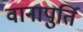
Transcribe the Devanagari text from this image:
वानापुर्ति